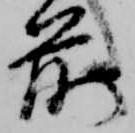
前